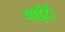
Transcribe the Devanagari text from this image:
माईटी